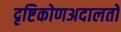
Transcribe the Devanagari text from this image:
दृष्टिकोणअदालतों